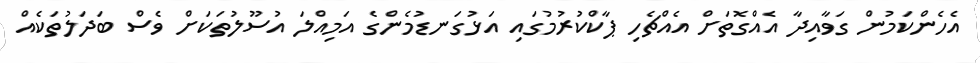
އެހެންކަމުން ގަވާއިދާ އެއްގޮތަށް އެއްޗެހި ޕާކްކުރުމުގައި އަޅުގަނޑުމެންގެ އަމިއްލަ އުސޫލުތަކަށް ވެސް ބަދަލުތަކެއް